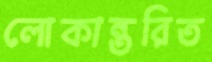
লোকান্তরিত